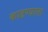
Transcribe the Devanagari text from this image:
काढण्याला